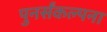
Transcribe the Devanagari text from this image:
पुनर्संकल्पना